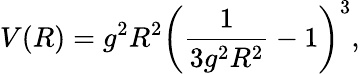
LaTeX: V(R)=g^{2}R^{2}\left(\frac{1}{3g^{2}R^{2}}-1\right)^{3},